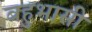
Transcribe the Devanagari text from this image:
बहुभासी